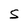
Character: S